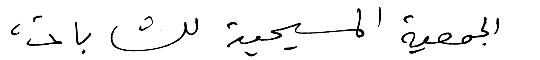
الجمعية المسيحية للشابات،